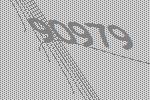
90979